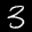
Label: 3